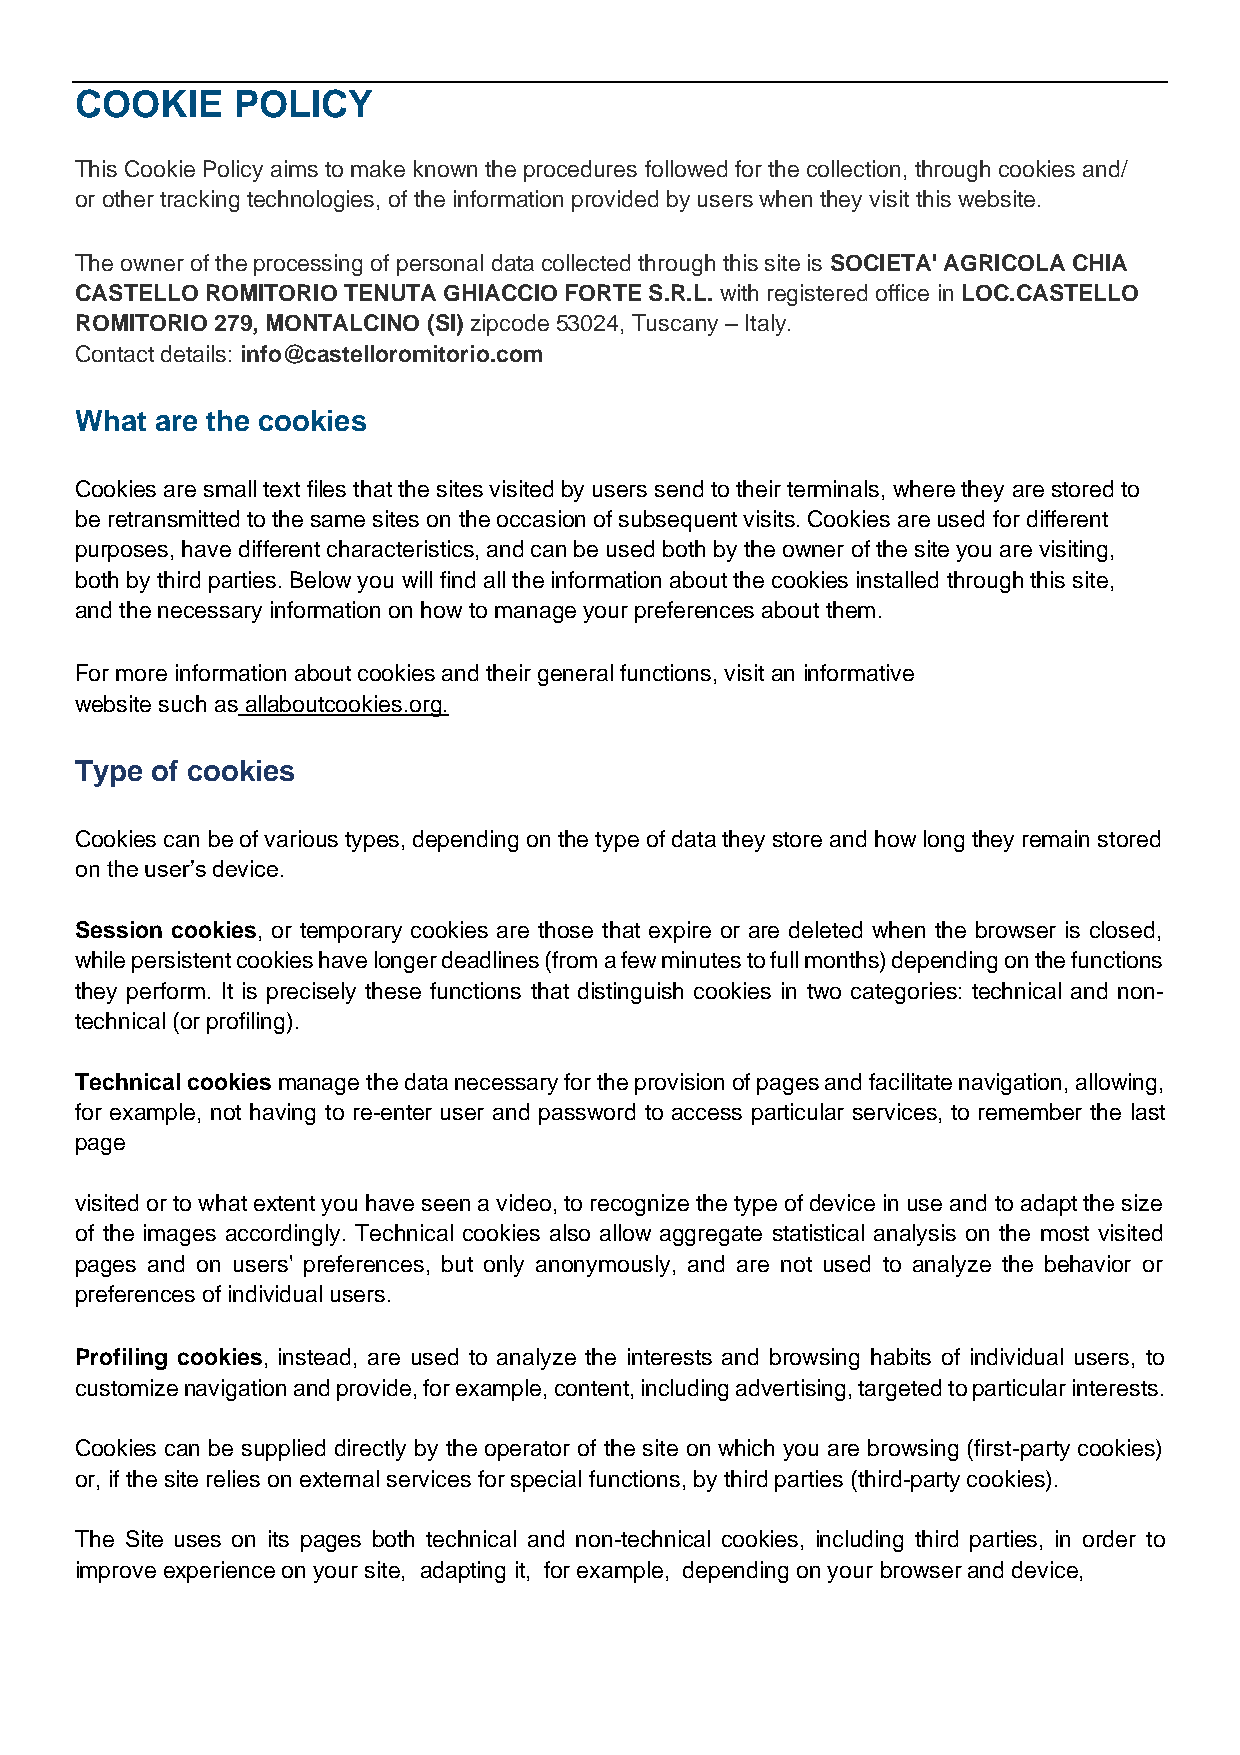
COOKIE    POLICY
 This Cookie Policy aims to make known the procedures followed for the collection, through cookies and/
 or other tracking technologies, of the information provided by users when they visit this website.
 The owner of the processing of personal data collected through this site is SOCIETA' AGRICOLA CHIA
 CASTELLO ROMITORIO TENUTA GHIACCIO FORTE S.R.L. with registered office in LOC.CASTELLO
 ROMITORIO 279, MONTALCINO (SI) zipcode 53024, Tuscany – Italy.
 Contact details: info@castelloromitorio.com
 What are the cookies
 Cookies are small text files that the sites visited by users send to their terminals, where they are stored to
 be retransmitted to the same sites on the occasion of subsequent visits. Cookies are used for different
 purposes, have different characteristics, and can be used both by the owner of the site you are visiting,
 both by third parties. Below you will find all the information about the cookies installed through this site,
 and the necessary information on how to manage your preferences about them.
 For more information about cookies and their general functions, visit an informative
 website such as allaboutcookies.org.
 Type of cookies
 Cookies can be of various types, depending on the type of data they store and how long they remain stored
 on the user’s device.
 Session cookies, or temporary cookies are those that expire or are deleted when the browser is closed,
 while persistent cookies have longer deadlines (from a few minutes to full months) depending on the functions
 they perform. It is precisely these functions that distinguish cookies in two categories: technical and non-
 technical (or profiling).
 Technical cookies manage the data necessary for the provision of pages and facilitate navigation, allowing,
 for example, not having to re-enter user and password to access particular services, to remember the last
 page
 visited or to what extent you have seen a video, to recognize the type of device in use and to adapt the size
 of the images accordingly. Technical cookies also allow aggregate statistical analysis on the most visited
 pages and on users' preferences, but only anonymously, and are not used to analyze the behavior or
 preferences of individual users.
 Profiling cookies, instead, are used to analyze the interests and browsing habits of individual users, to
 customize navigation and provide, for example, content, including advertising, targeted to particular interests.
 Cookies can be supplied directly by the operator of the site on which you are browsing (first-party cookies)
 or, if the site relies on external services for special functions, by third parties (third-party cookies).
 The Site uses on its pages both technical and non-technical cookies, including third parties, in order to
 improve experience on your site, adapting it, for example, depending on your browser and device,